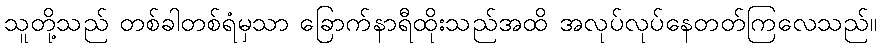
သူတို့သည် တစ်ခါတစ်ရံမှသာ ခြောက်နာရီထိုးသည်အထိ အလုပ်လုပ်နေတတ်ကြလေသည်။